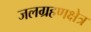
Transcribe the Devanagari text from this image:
जलग्रहणक्षेत्र